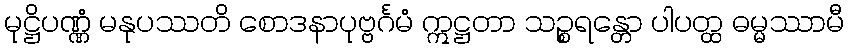
မုဋ္ဌိပဏ္ဏံ မနုပဿတိ စောဒနာပုဗ္ဗင်္ဂမံ ဣဋ္ဌတာ သဉ္စရန္တော ပါပတ္ထ ဓမ္မဿာမီ